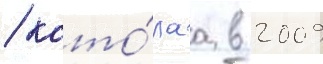
/ кото́раа в 2009